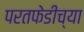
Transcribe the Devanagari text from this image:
परतफेडीच्या